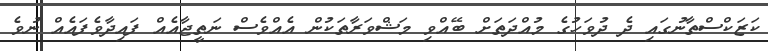
ކަޒަކްސްތާނުގައި ދެ ދުވަހުގެ މުއްދަތަށް ބޭއްވި މަޝްވަރާތަކުން އެއްވެސް ނަތީޖާއެއް ފައިދާވެފައެއް ނުވެ